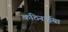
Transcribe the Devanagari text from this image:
कठिनाईया